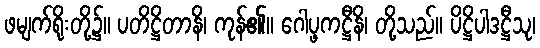
ဖမျက်ရိုးတို့၌။ ပတိဋ္ဌိတာနိ၊ ကုန်၏။ ဂေါပ္ဖကဋ္ဌီနိ၊ တို့သည်။ ပိဋ္ဌိပါဒဋ္ဌီသု၊